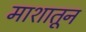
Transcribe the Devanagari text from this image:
माशातून